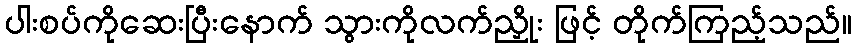
ပါးစပ်ကိုဆေးပြီးနောက် သွားကိုလက်ညှိုး ဖြင့် တိုက်ကြည့်သည်။